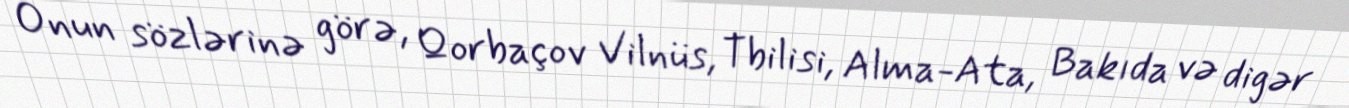
Onun sözlərinə görə, Qorbaçov Vilnüs, Tbilisi, Alma-Ata, Bakıda və digər